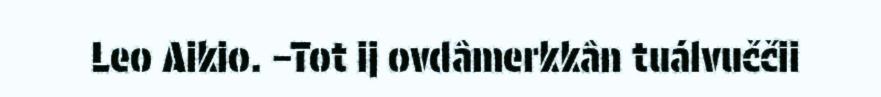
Leo Aikio. –Tot ij ovdâmerkkân tuálvuččii